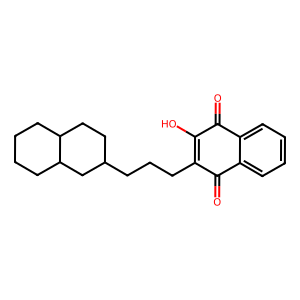
SMILES: O=C1C(O)=C(CCCC2CCC3CCCCC3C2)C(=O)c2ccccc21
Inhibits HIV replication: No